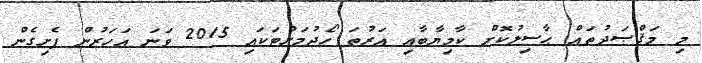
މި މަޤްޞަދުތައް ޙާސިލުކޮށް ކާމިޔާބާއި އަރުތަ ހޯދުމަށްޓަކައި 2015 ވަނަ އަހަރުން ފެށިގެން